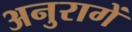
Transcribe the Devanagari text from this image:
अनुरागें